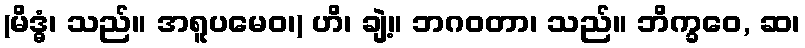
(မိဒ္ဓံ၊ သည်။ အရူပမေဝ၊) ဟိ၊ ချဲ့။ ဘဂဝတာ၊ သည်။ ဘိက္ခဝေ, ဆ၊